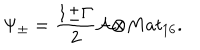
{ \Psi } _ { \pm } = \frac { 1 { \pm } { \Gamma } } { 2 } { \cal A } { \otimes } M a t _ { 1 6 } .